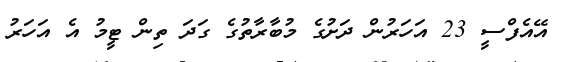
އޭއެފްސީ 23 އަހަރުން ދަށުގެ މުބާރާތުގެ ގަދަ ތިން ޓީމު އެ އަހަރު